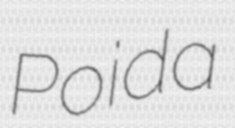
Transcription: Poida